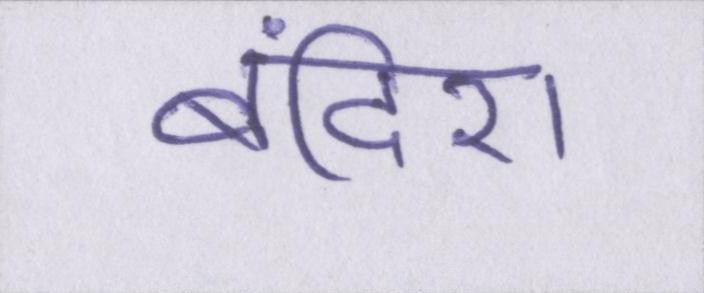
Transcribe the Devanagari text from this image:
बंदिश